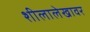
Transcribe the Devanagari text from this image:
शीलालेखावर